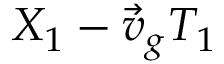
X _ { 1 } - \vec { v } _ { g } T _ { 1 }